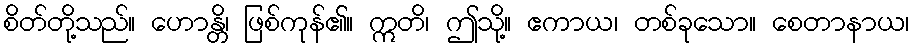
စိတ်တို့သည်။ ဟောန္တိ၊ ဖြစ်ကုန်၏။ ဣတိ၊ ဤသို့။ ဧကာယ၊ တစ်ခုသော။ စေတာနာယ၊